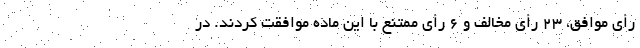
رأی موافق، ۲۳ رأی مخالف و ۶ رأی ممتنع با این ماده موافقت کردند. در